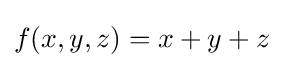
f(x,y,z)=x+y+z